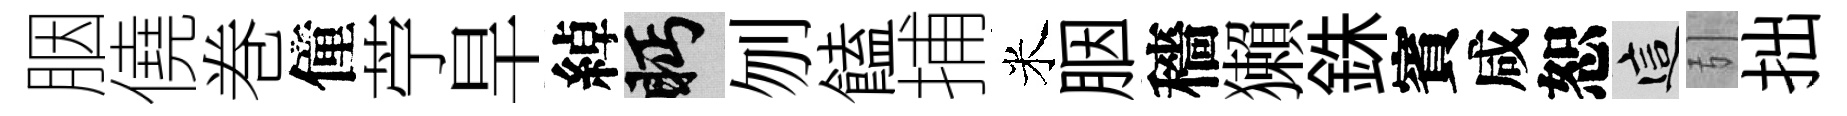
胭僥巻僮苧旱綽眄刎饁捕米胭穡獺銖賓咸恕這引拙